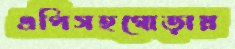
এপিসহগোড়ায়